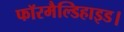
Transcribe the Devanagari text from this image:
फॉरमैल्डिहाइड।